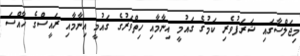
މިޖަލްސާގައި ޝަރަފުވެރި ކަމުގެ ގައުމީ އިނާމާއި ހިތްވަރުގެ ގައުމީ އިނާމާއި ރައީސްގެ ހާއްސަ